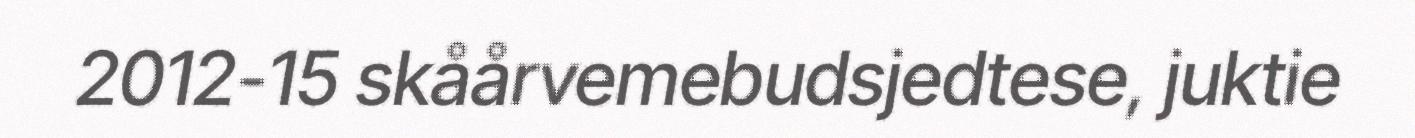
2012-15 skåårvemebudsjedtese, juktie